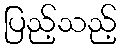
ပြည့်သည့်